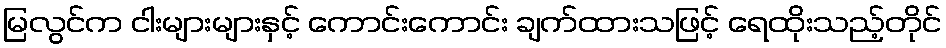
မြလွင်က ငါးများများနှင့် ကောင်းကောင်း ချက်ထားသဖြင့် ရေထိုးသည့်တိုင်